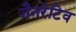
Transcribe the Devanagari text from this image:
जैनरेटिव